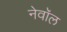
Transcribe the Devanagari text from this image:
नेवॉल